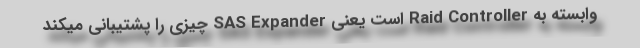
وابسته به Raid Controller است یعنی SAS Expander چیزی را پشتیبانی میکند